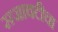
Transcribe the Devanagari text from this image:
सजावटीचा